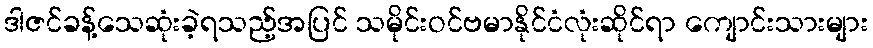
ဒါဇင်ခန့်သေဆုံးခဲ့ရသည့်အပြင် သမိုင်းဝင်ဗမာနိုင်ငံလုံးဆိုင်ရာ ကျောင်းသားများ